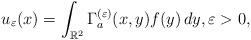
LaTeX: \begin{align*}u_\varepsilon(x)=\int_{\mathbb R^2}\Gamma^{(\varepsilon)}_a(x,y)f(y)\,dy, \varepsilon >0,\end{align*}